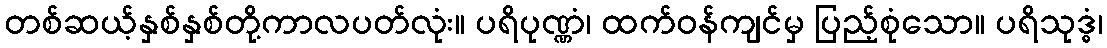
တစ်ဆယ့်နှစ်နှစ်တို့ကာလပတ်လုံး။ ပရိပုဏ္ဏံ၊ ထက်ဝန်ကျင်မှ ပြည့်စုံသော။ ပရိသုဒ္ဓံ၊